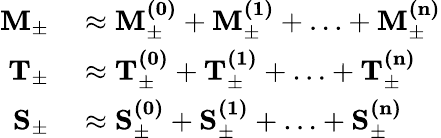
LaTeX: \begin{array}{rl}{\mathbf{M_{\pm}}}&{{}\approx\mathbf{M_{\pm}^{(0)}}+\mathbf{M_{\pm}^{(1)}}+\ldots+\mathbf{M_{\pm}^{(n)}}}\\ {\mathbf{T_{\pm}}}&{{}\approx\mathbf{T_{\pm}^{(0)}}+\mathbf{T_{\pm}^{(1)}}+\ldots+\mathbf{T_{\pm}^{(n)}}}\\ {\mathbf{S_{\pm}}}&{{}\approx\mathbf{S_{\pm}^{(0)}}+\mathbf{S_{\pm}^{(1)}}+\ldots+\mathbf{S_{\pm}^{(n)}}}\end{array}